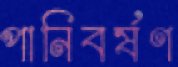
পানিবর্ষণ